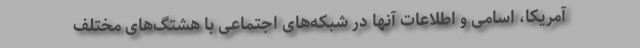
آمریکا، اسامی و اطلاعات آنها در شبکه‌های اجتماعی با هشتگ‌های مختلف